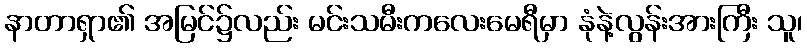
နာတာရှာ၏ အမြင်၌လည်း မင်းသမီးကလေးမေရီမှာ နုံနဲ့လွန်းအားကြီး သူ၊